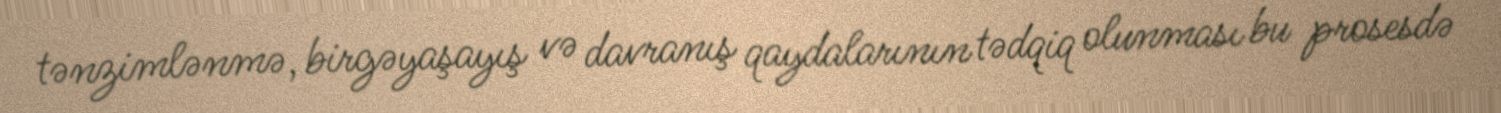
tənzimlənmə, birgəyaşayış və davranış qaydalarının tədqiq olunması bu prosesdə